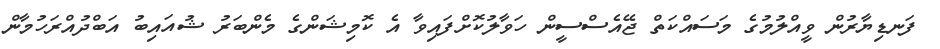
ފަނޑިޔާރުން ވީއްލުމުގެ މަސައްކަތް ޖޭއެސްސީން ހަވާލުކޮށްފައިވާ އެ ކޮމިޝަންގެ މެންބަރު ޝުއައިބު އަބްދުއްރަހުމާން